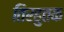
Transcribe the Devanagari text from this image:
तिरहुतक